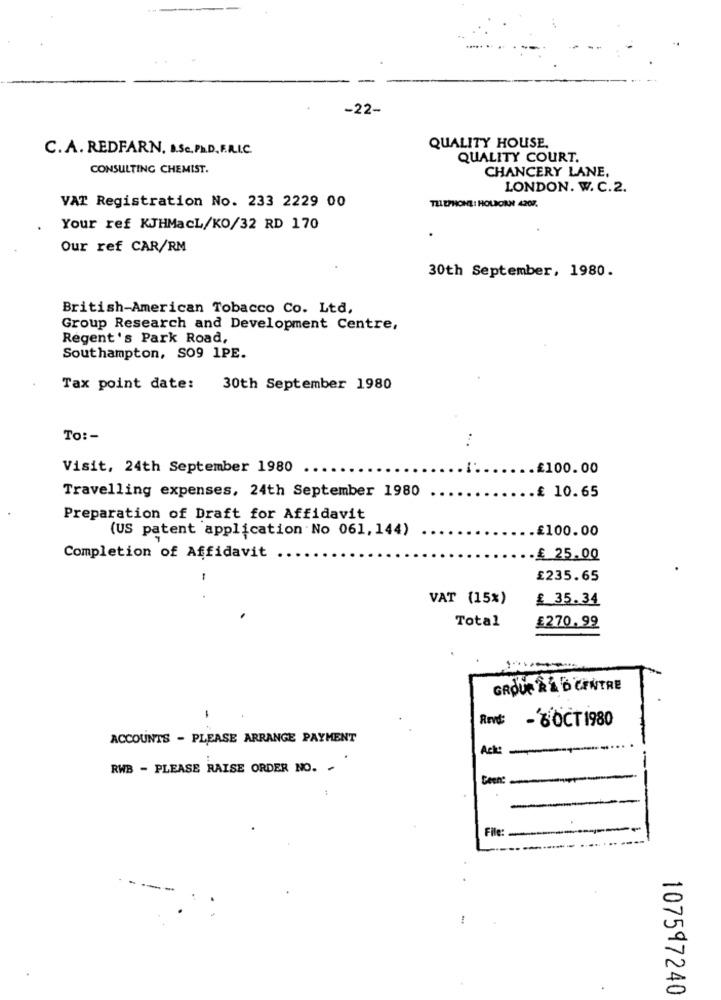
-22-
C.A. REDFARN. B.SC. P.D. F.R.I.C.
QUALITY HOUSE.
QUALITY COURT.
CONSULTING CHEMIST.
CHANCERY LANE.
LONDON. W. C.2.
VAT Registration No. 233 2229 00
TELEPHONE: HOUIORN 4207.
Your ref KJHMacL/KO/32 RD 170
Our ref CAR/RM
30th September, 1980.
British-American Tobacco Co. Ltd,
Group Research and Development Centre,
Regent's Park Road,
Southampton, SO9 1PE.
Tax point date:
30th September 1980
To :-
Visit, 24th September 1980
.£100.00
Travelling expenses, 24th September 1980
.£ 10.65
Preparation of Draft for Affidavit
(US patent application No 061, 144)
.£100.00
Completion of Affidavit
-£ 25.00
-
£235.65
VAT (15%)
£ 35.34
Total
£270.99
GROUP 2 L D CENTRE
-
RevE:
- 6OCT 1980
ACCOUNTS - PLEASE ARRANGE PAYMENT
Ack:
RWB - PLEASE RAISE ORDER NO. -
Gen:
-
File:
107597240